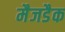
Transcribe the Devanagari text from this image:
मैजडैक